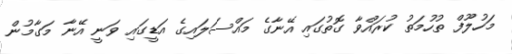
މަހުލޫފް ތުހުމަތު ކުރައްވާ ގޮތުގައި އޭނާގެ މައްސަލައިގެ އަޑީގައި ވަނީ އޭނާ މަގާމުން